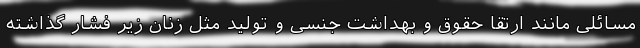
مسائلی مانند ارتقا حقوق و بهداشت جنسی و تولید مثل زنان زیر فشار گذاشته